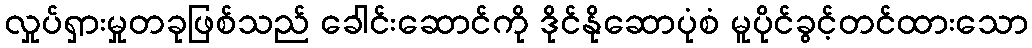
လှုပ်ရှားမှုတခုဖြစ်သည် ခေါင်းဆောင်ကို ဒိုင်နိုဆောပုံစံ မူပိုင်ခွင့်တင်ထားသော